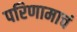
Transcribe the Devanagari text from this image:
परिणामाचं